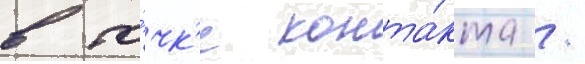
в то́чк'е конта́кта /